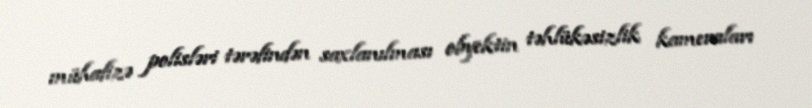
mühafizə polisləri tərəfindən saxlanılması obyektin təhlükəsizlik kameraları